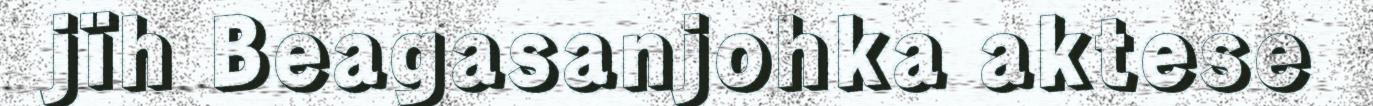
jïh Beagasanjohka aktese